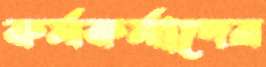
কর্মকর্মাদের